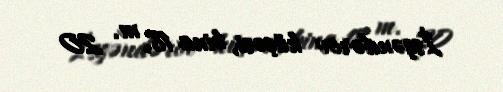
İsgəndərov küçəsi, bina 18, m. 20